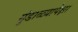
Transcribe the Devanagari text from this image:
गुंडाळ्यापेक्षा